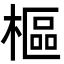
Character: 樞